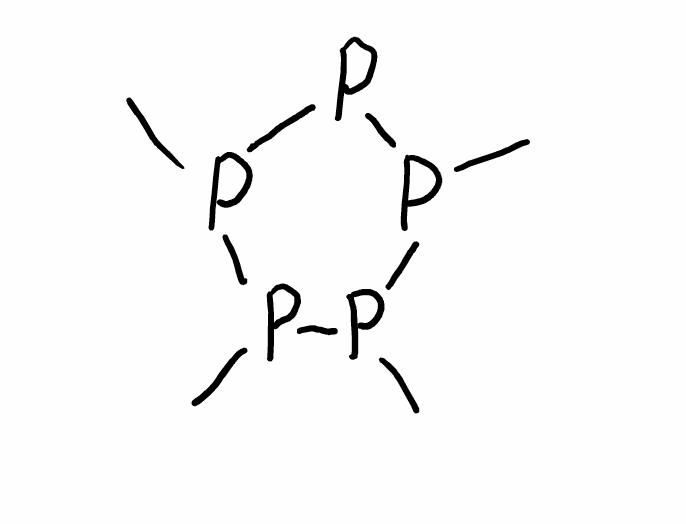
Simplified molecular-input line-entry system (SMILES) notation of the given molecule:
CP1P(P(P(P1C)C)C)C